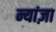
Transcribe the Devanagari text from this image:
न्यांज़ा